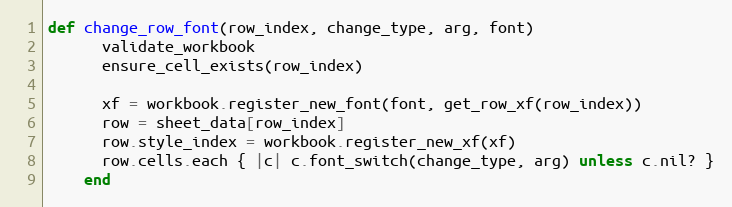
Language: Ruby
def change_row_font(row_index, change_type, arg, font)
      validate_workbook
      ensure_cell_exists(row_index)

      xf = workbook.register_new_font(font, get_row_xf(row_index))
      row = sheet_data[row_index]
      row.style_index = workbook.register_new_xf(xf)
      row.cells.each { |c| c.font_switch(change_type, arg) unless c.nil? }
    end